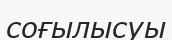
соғылысуы